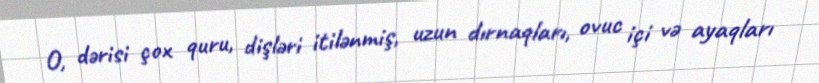
O, dərisi çox quru, dişləri itilənmiş, uzun dırnaqları, ovuc içi və ayaqları